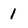
Character: 1